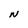
Character: N